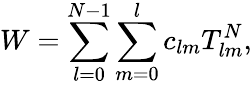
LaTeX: W=\sum_{l=0}^{N-1}\sum_{m=0}^{l}c_{lm}T_{lm}^{N},